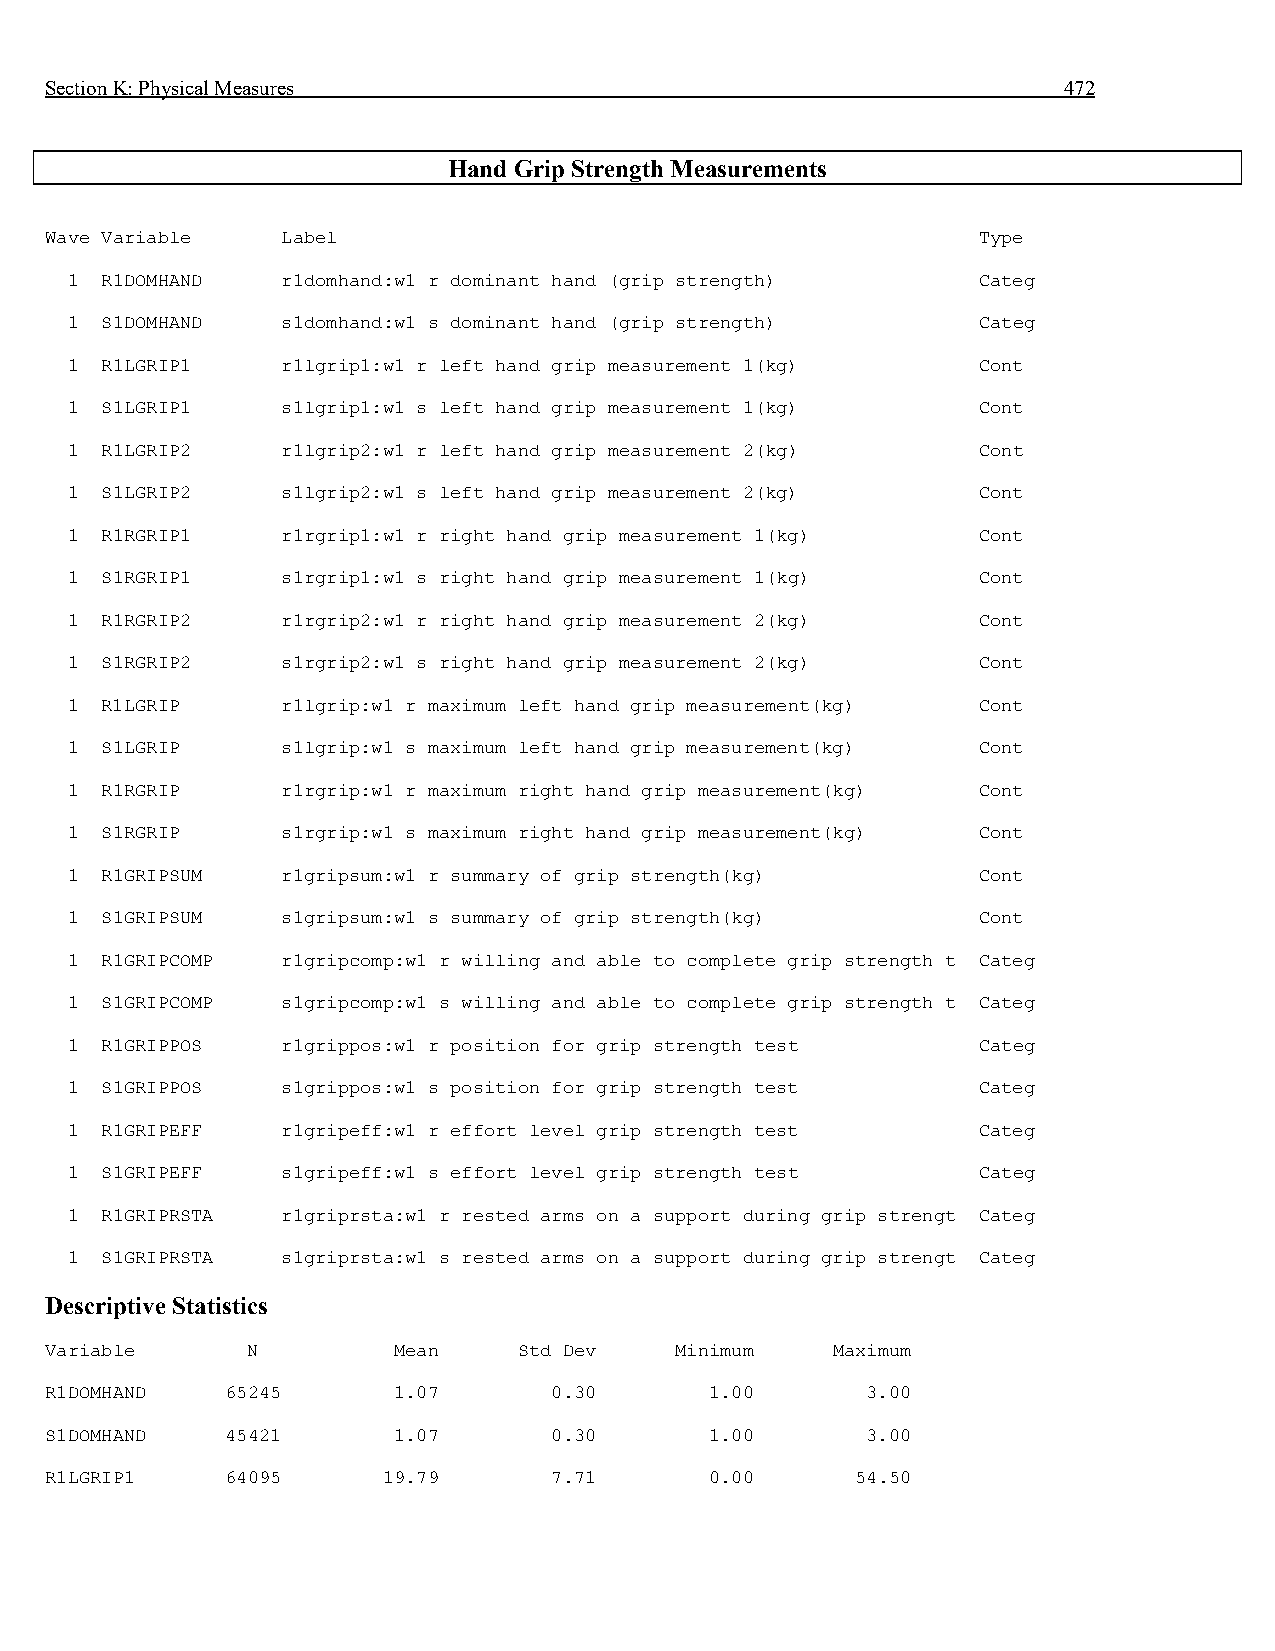
Section K: Physical Measures                                       472
 Hand Grip Strength Measurements
 Wave Variable   Label                                         Type
 1  R1DOMHAND   r1domhand:w1 r dominant hand (grip strength)  Categ
 1  S1DOMHAND   s1domhand:w1 s dominant hand (grip strength)  Categ
 1  R1LGRIP1    r1lgrip1:w1 r left hand grip measurement 1(kg) Cont
 1  S1LGRIP1    s1lgrip1:w1 s left hand grip measurement 1(kg) Cont
 1  R1LGRIP2    r1lgrip2:w1 r left hand grip measurement 2(kg) Cont
 1  S1LGRIP2    s1lgrip2:w1 s left hand grip measurement 2(kg) Cont
 1  R1RGRIP1    r1rgrip1:w1 r right hand grip measurement 1(kg) Cont
 1  S1RGRIP1    s1rgrip1:w1 s right hand grip measurement 1(kg) Cont
 1  R1RGRIP2    r1rgrip2:w1 r right hand grip measurement 2(kg) Cont
 1  S1RGRIP2    s1rgrip2:w1 s right hand grip measurement 2(kg) Cont
 1  R1LGRIP     r1lgrip:w1 r maximum left hand grip measurement(kg) Cont
 1  S1LGRIP     s1lgrip:w1 s maximum left hand grip measurement(kg) Cont
 1  R1RGRIP     r1rgrip:w1 r maximum right hand grip measurement(kg) Cont
 1  S1RGRIP     s1rgrip:w1 s maximum right hand grip measurement(kg) Cont
 1  R1GRIPSUM   r1gripsum:w1 r summary of grip strength(kg)   Cont
 1  S1GRIPSUM   s1gripsum:w1 s summary of grip strength(kg)   Cont
 1  R1GRIPCOMP  r1gripcomp:w1 r willing and able to complete grip strength t Categ
 1  S1GRIPCOMP  s1gripcomp:w1 s willing and able to complete grip strength t Categ
 1  R1GRIPPOS   r1grippos:w1 r position for grip strength test Categ
 1  S1GRIPPOS   s1grippos:w1 s position for grip strength test Categ
 1  R1GRIPEFF   r1gripeff:w1 r effort level grip strength test Categ
 1  S1GRIPEFF   s1gripeff:w1 s effort level grip strength test Categ
 1  R1GRIPRSTA  r1griprsta:w1 r rested arms on a support during grip strengt Categ
 1  S1GRIPRSTA  s1griprsta:w1 s rested arms on a support during grip strengt Categ
 Descriptive Statistics
 Variable     N         Mean    Std Dev    Minimum   Maximum
 R1DOMHAND   65245      1.07      0.30       1.00      3.00
 S1DOMHAND   45421      1.07      0.30       1.00      3.00
 R1LGRIP1    64095     19.79      7.71       0.00      54.50